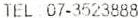
TEL 07-3523888